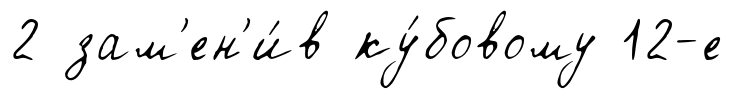
2 зам'ен'и́в ку́бовому 12-е